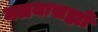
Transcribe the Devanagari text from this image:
मलयःसह्यो